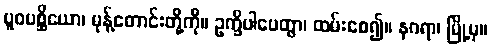
ပူဝပစ္ဆိယော၊ မုန့်တောင်းတို့ကို။ ဥက္ခိပါပေတွာ၊ ထမ်းစေ၍။ နဂရာ၊ မြို့မှ။